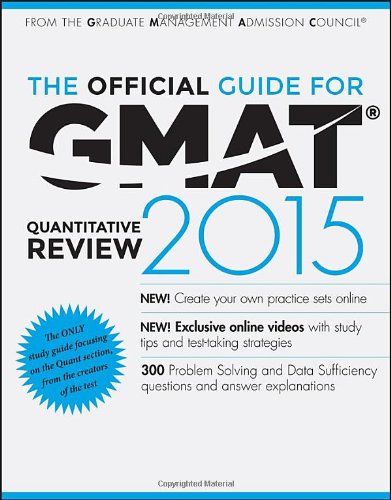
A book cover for The Official Guide for GMAT Quantitative Review 2015 with Online Question Bank and Exclusive Video; GMAC (Graduate Management Admission Council); Test Preparation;